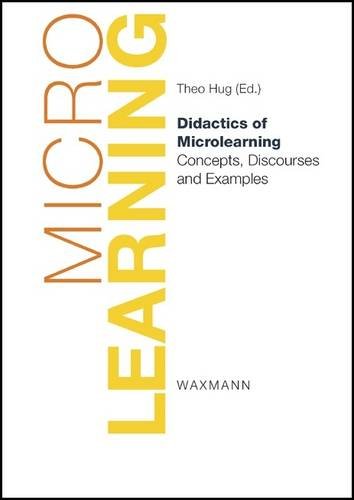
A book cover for Didactics of Microlearning: Concepts, Discourses and Examples; Education & Teaching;